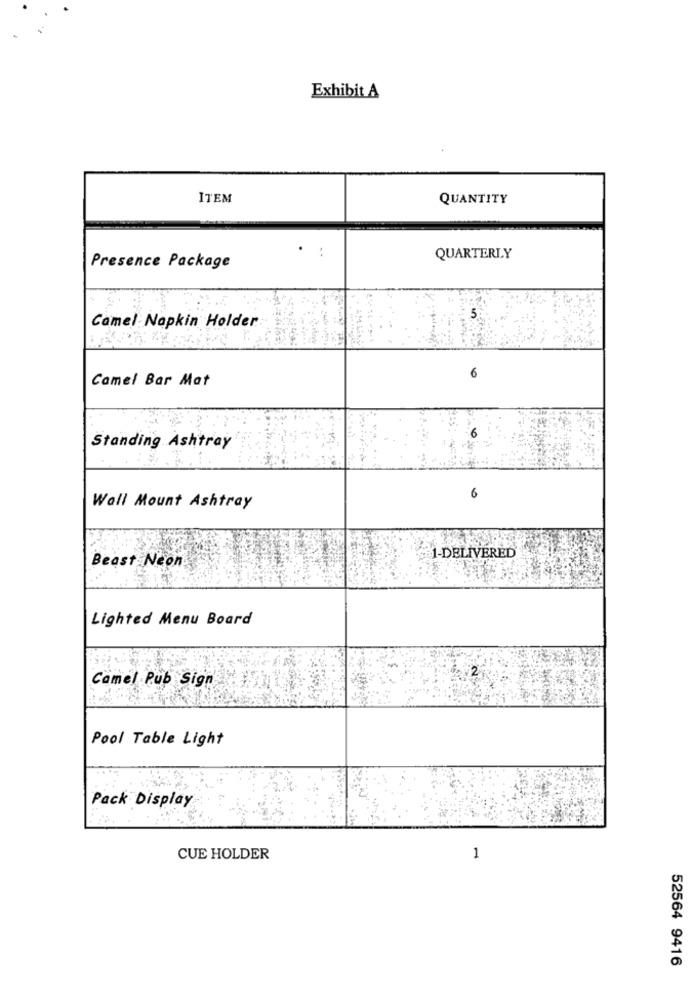
Exhibit A
ITEM
QUANTITY
:
QUARTERLY
Presence Package
Camel Napkin Holder
Camel Bar Mat
6
6
Standing Ashtray
6
Wall Mount Ashtray
1-DELIVERED
Beast Neon
Lighted Menu Board
2
Camel Rub Sign
Pool Table Light
Pack Display
CUE HOLDER
1
52564 9416